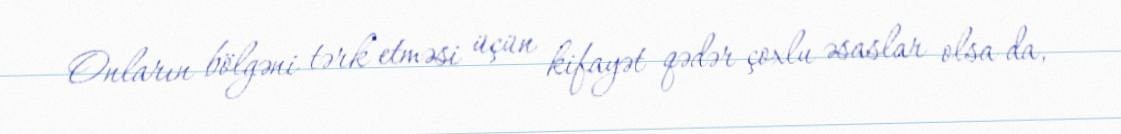
Onların bölgəni tərk etməsi üçün kifayət qədər çoxlu əsaslar olsa da,